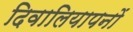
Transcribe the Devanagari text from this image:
दिवालियापनों